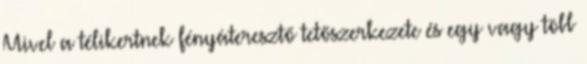
Mivel a télikertnek fényáteresztő tetőszerkezete és egy vagy több